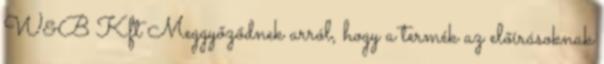
W&B Kft Meggyőződnek arról, hogy a termék az előírásoknak